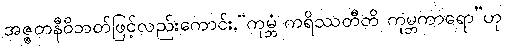
အဇ္ဇတနီဝိဘတ်ဖြင့်လည်းကောင်း,“ကုမ္ဘံ ကရိဿတီတိ ကုမ္ဘကာရော”ဟု